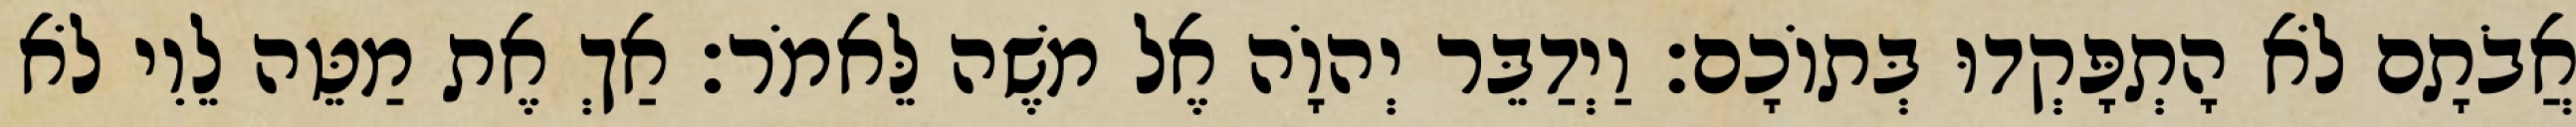
אֲבֹתָם לֹא הָתְפָּקְדוּ בְּתוֹכָם׃ וַיְדַבֵּר יְהוָֹה אֶל משֶׁה לֵּאמֹר׃ אַךְ אֶת מַטֵּה לֵוִי לֹא